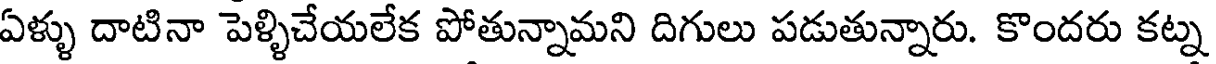
ఏళ్ళు దాటినా పెళ్ళిచేయలేక పోతున్నామని దిగులు పడుతున్నారు. కొందరు కట్న